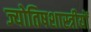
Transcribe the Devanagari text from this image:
ज्योतिषशास्त्रीयों